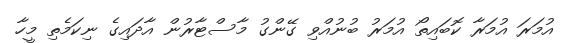
އުމަރަ އުމަރާ ކޮބައިތޯ އުމަރު ބުނުއްވި ގޭންގު މާސްޓާރުން އާދައިގެ ނިކަމެތި މީހާ